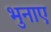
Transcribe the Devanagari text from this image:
भुनाए